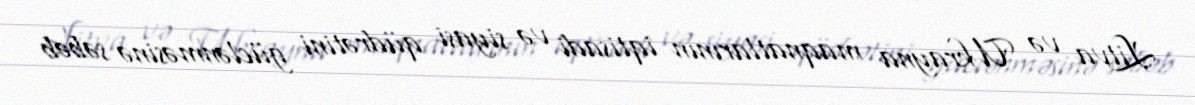
Litva və Ukrayna maqnatlarının iqtisadi və siyasi qüdrətini güclənməsinə səbəb